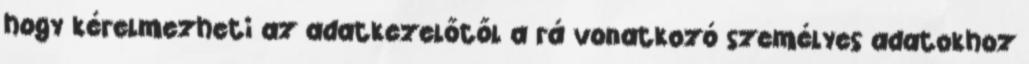
hogy kérelmezheti az adatkezelőtől a rá vonatkozó személyes adatokhoz